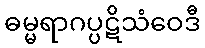
ဓမ္မရာဂပ္ပဋိသံဝေဒီ